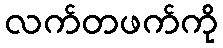
လက်တဖက်ကို